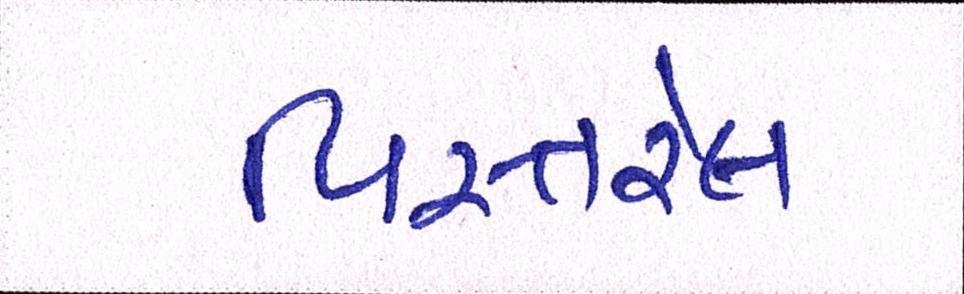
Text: વિસ્તરેલ